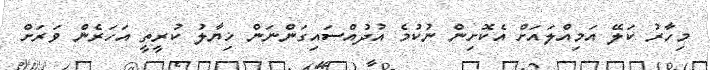
މިހާރު ކަލޭ އަމިއްލައަށް އެކޮށިން ނުކުމެ އުދުއްސައިގަންނަން ޚިޔާލު ކުރީތީ އަހަރެން ވަރަށް